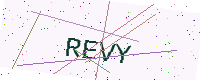
Text: REVY